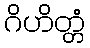
ဂိဟိတ္တံ